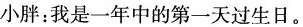
小胖：我是一年中的第一天过生日。